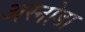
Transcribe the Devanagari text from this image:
अस्नोडा